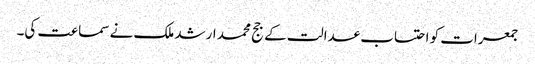
جمعرات کو احتساب عدالت کے جج محمد ارشد ملک نے سماعت کی۔